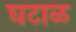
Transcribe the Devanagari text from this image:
घटाळ